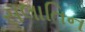
સલાતિન